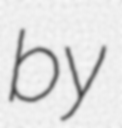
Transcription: by